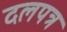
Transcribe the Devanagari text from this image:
दलपत्र